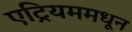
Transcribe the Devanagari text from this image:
एट्रियममधून